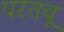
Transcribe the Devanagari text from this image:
परतवू